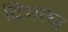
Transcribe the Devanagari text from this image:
विभक्ता